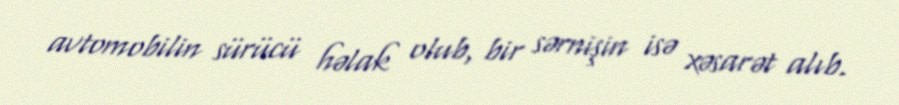
avtomobilin sürücü həlak olub, bir sərnişin isə xəsarət alıb.